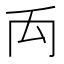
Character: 𥜻